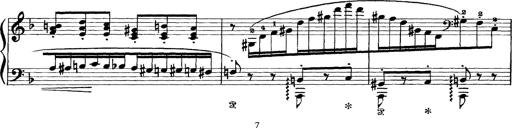
Title: Scherzo und Marsch
Composer: Franz Liszt